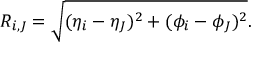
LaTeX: R _ { i , J } = \sqrt { ( \eta _ { i } - \eta _ { J } ) ^ { 2 } + ( \phi _ { i } - \phi _ { J } ) ^ { 2 } } .